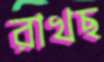
রাখছ